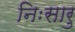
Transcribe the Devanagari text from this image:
निःसारु